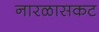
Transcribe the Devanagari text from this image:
नारळासकट